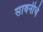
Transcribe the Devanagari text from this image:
सावनीचे